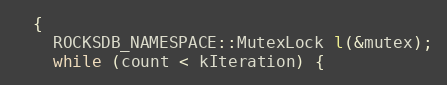
Language: C++
  {
    ROCKSDB_NAMESPACE::MutexLock l(&mutex);
    while (count < kIteration) {